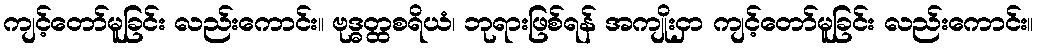
ကျင့်တော်မူခြင်း လည်းကောင်း။ ဗုဒ္ဓတ္ထစရိယံ၊ ဘုရားဖြစ်ရန် အကျိုးငှာ ကျင့်တော်မူခြင်း လည်းကောင်း။